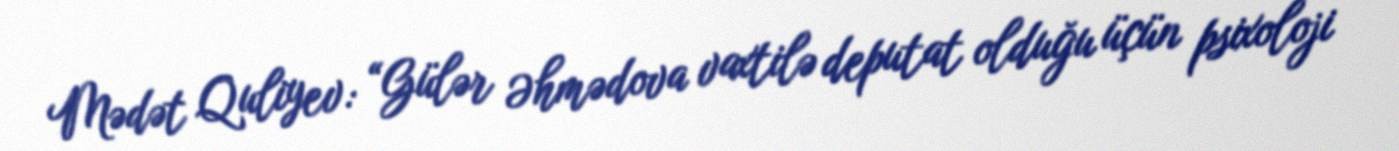
Mədət Quliyev: “Gülər Əhmədova vaxtilə deputat olduğu üçün psixoloji